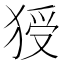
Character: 𤟗